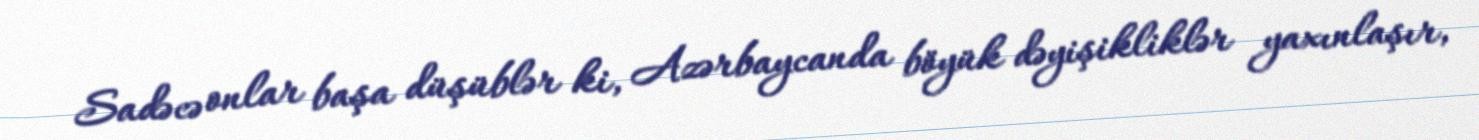
Sadəcə onlar başa düşüblər ki, Azərbaycanda böyük dəyişikliklər yaxınlaşır,